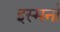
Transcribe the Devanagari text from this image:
इस्मर्ना